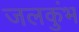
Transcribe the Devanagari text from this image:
जलकुंभ